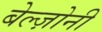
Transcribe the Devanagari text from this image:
बेल्ज़ोनी